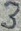
Text: 3